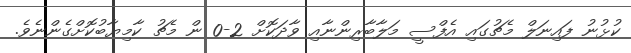
ކުޅުނު ފައިނަލް މެޗުގައި އެފްސީ މަލާބާރިންނާއި ވާދަކޮށް 2-0 ން މެޗު ކާމިޔާބުކޮށްގެންނެވެ.